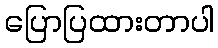
ပြောပြထားတာပါ